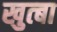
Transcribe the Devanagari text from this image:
खुत्बा